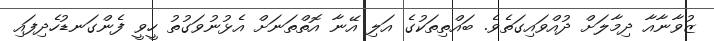
ޒުވާނާއާ ދިމާލަށް ދުއްވައިގަތެވެ. ބައްތިތަކުގެ އަލި އޭނާ އޮތްތަނަށް އެޅުނުވަގުތު ހީވީ ފެންގަނޑުހެދިފައި